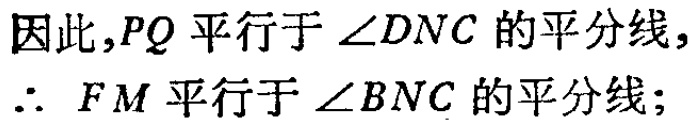
因此,$PQ$ 平行于 $\angle DNC$ 的平分线,
$\therefore FM$ 平行于 $\angle BNC$ 的平分线;